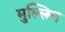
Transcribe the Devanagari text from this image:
मुल्लिन